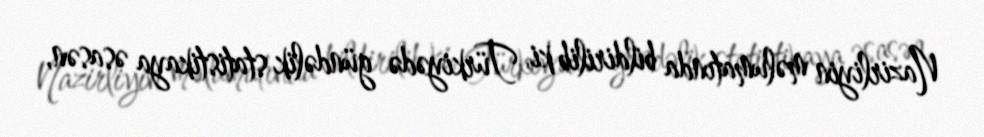
Nazirliyin məlumatında bildirilib ki, Türkiyədə gündəlik statistikaya əsasən,